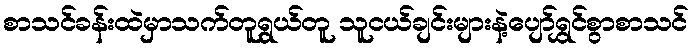
စာသင်ခန်းထဲမှာသက်တူရွယ်တူ သူငယ်ချင်းများနဲ့ပျော်ရွှင်စွာစာသင်